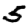
Digit: 5